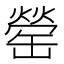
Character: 罃